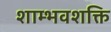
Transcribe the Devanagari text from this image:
शाम्भवशक्ति